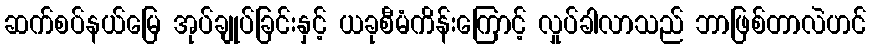
ဆက်စပ်နယ်မြေ အုပ်ချုပ်ခြင်းနှင့် ယခုစီမံကိန်းကြောင့် လှုပ်ခါလာသည် ဘာဖြစ်တာလဲဟင်